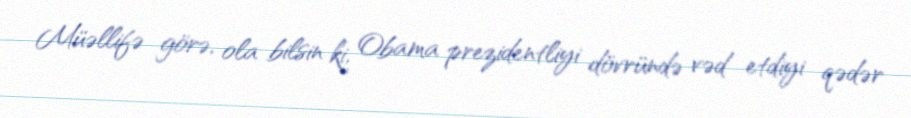
Müəllifə görə, ola bilsin ki, Obama prezidentliyi dövründə vəd etdiyi qədər